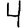
Digit: 4